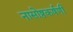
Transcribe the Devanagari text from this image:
नासोष्ठकर्षणी